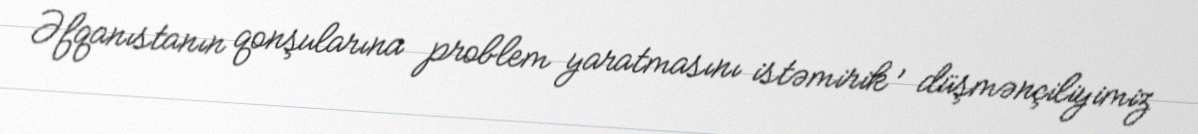
Əfqanıstanın qonşularına problem yaratmasını istəmirik , düşmənçiliyimiz